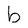
Character: b